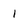
Character: 1